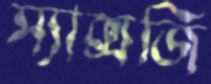
স্যাক্সজি